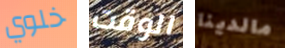
خلوي الوقت مالدينا